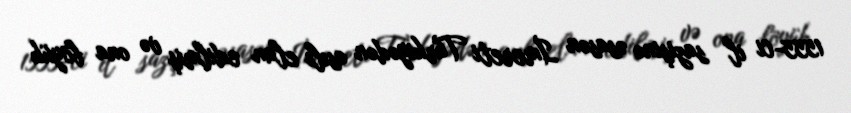
1555-ci il sazişinə əsasən İmereti Türkiyədən asılı elan edilmiş və ona böyük